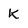
Character: k